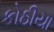
કોઠીયા